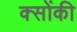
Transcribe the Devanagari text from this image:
क्सोंकी